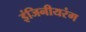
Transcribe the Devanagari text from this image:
इंजिनीयरंग